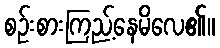
စဉ်းစားကြည့်နေမိလေ၏။